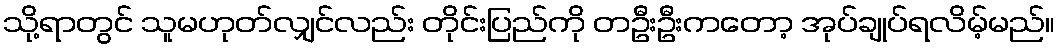
သို့ရာတွင် သူမဟုတ်လျှင်လည်း တိုင်းပြည်ကို တဦးဦးကတော့ အုပ်ချုပ်ရလိမ့်မည်။